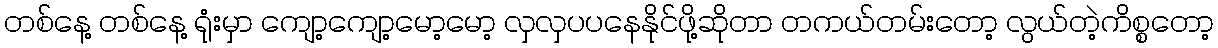
တစ်နေ့ တစ်နေ့ ရုံးမှာ ကျော့ကျော့မော့မော့ လှလှပပနေနိုင်ဖို့ဆိုတာ တကယ်တမ်းတော့ လွယ်တဲ့ကိစ္စတော့